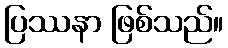
ပြဿနာ ဖြစ်သည်။